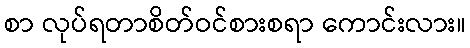
စာ လုပ်ရတာစိတ်ဝင်စားစရာ ကောင်းလား။